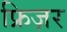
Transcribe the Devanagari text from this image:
फ्रिज़र